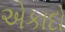
એકાદો